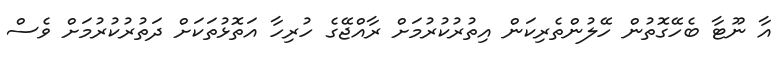
އާ ނޫޓާ ބެހޭގޮތުން ހޭލުންތެރިކަން އިތުރުކުރުމަށް ރާއްޖޭގެ ހުރިހާ އަތޮޅުތަކަށް ދަތުރުކުރުމަށް ވެސް